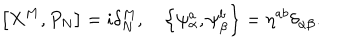
LaTeX: \left[ X ^ { M } , P _ { N } \right] = i \delta _ { N } ^ { M } , \quad \left\{ \psi _ { \alpha } ^ { a } , \psi _ { \beta } ^ { b } \right\} = \eta ^ { a b } \delta _ { \alpha \beta } .